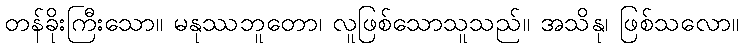
တန်ခိုးကြီးသော။ မနုဿဘူတော၊ လူဖြစ်သောသူသည်။ အသိနု၊ ဖြစ်သလော။